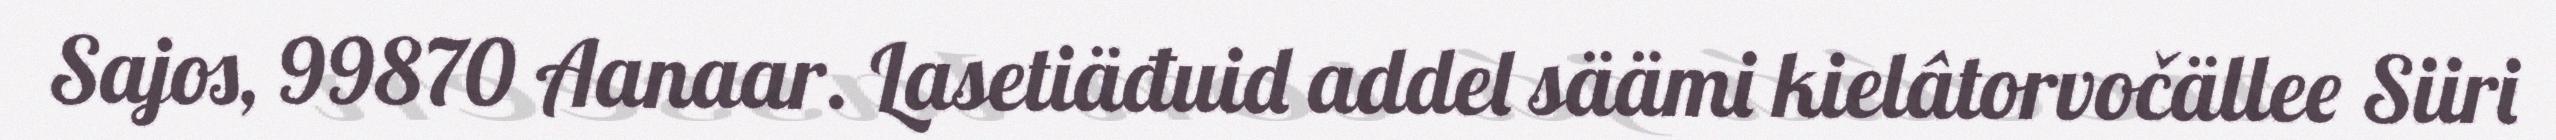
Sajos, 99870 Aanaar. Lasetiäđuid addel säämi kielâtorvočällee Siiri